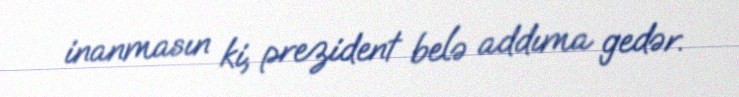
inanmasın ki, prezident belə addıma gedər.